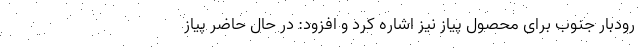
رودبار جنوب برای محصول پیاز نیز اشاره کرد و افزود: در حال حاضر پیاز